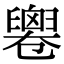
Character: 𠨧